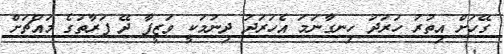
ގޭހަށް އިތުރު ހަރަދު ހިނގާނަމަ އެހަރަދު ދިނުމަކީ ވަޒީފާ ދޭ ފަރާތުގެ މައްޗަށް